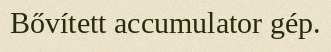
Bővített accumulator gép.